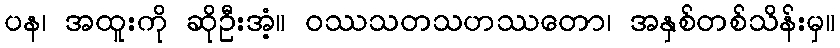
ပန၊ အထူးကို ဆိုဦးအံ့။ ဝဿသတသဟဿတော၊ အနှစ်တစ်သိန်းမှ။